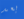
بعد